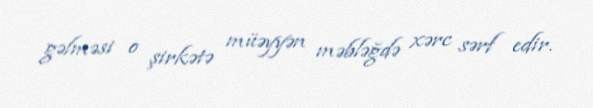
gəlməsi o şirkətə müəyyən məbləğdə xərc sərf edir.